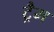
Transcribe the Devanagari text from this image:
ट्रैम